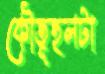
কৌতূহলটা